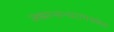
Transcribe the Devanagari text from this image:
अज्ञानान्धतमश्छेत्ता